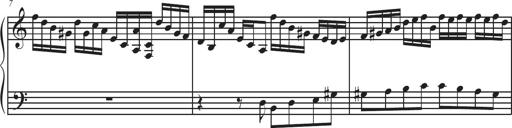
Title: Sonatina Espania
Composer: Jerald Franklin Archer
Key: Various